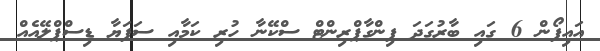
އައިފޯން 6 ގައި ބާރުގަދަ ފިންގާޕްރިންޓް ސްކޭނާ ހުރި ކަމާއި ސަފަޔާ ޑިސްޕްލޭއެއް